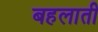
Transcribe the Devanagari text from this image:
बहलाती